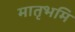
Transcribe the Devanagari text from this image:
मातृभमि